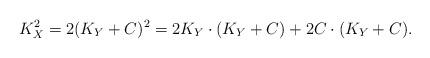
LaTeX: \begin{align*}K_X^2=2(K_Y+C)^2=2K_Y\cdot (K_Y+C) +2C\cdot (K_Y+C).\end{align*}